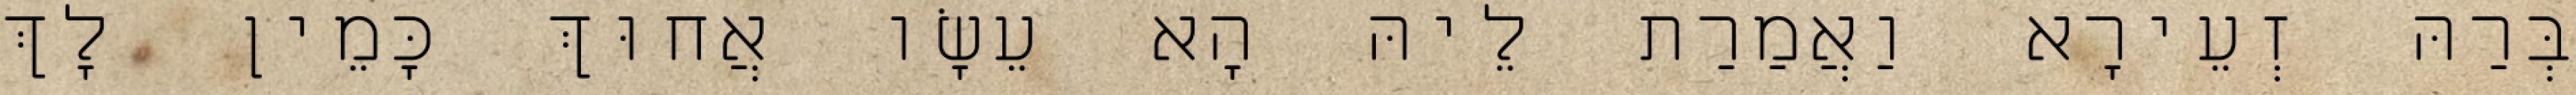
בְּרַהּ זְעֵירָא וַאֲמַרַת לֵיהּ הָא עֵשָׂו אֲחוּךְ כָּמֵין לָךְ